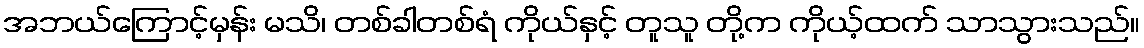
အဘယ်ကြောင့်မှန်း မသိ၊ တစ်ခါတစ်ရံ ကိုယ်နှင့် တူသူ တို့က ကိုယ့်ထက် သာသွားသည်။